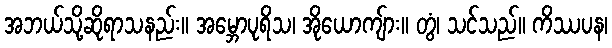
အဘယ်သို့ဆိုရာသနည်း။ အမ္ဘောပုရိသ၊ အိုယောကျ်ား။ တွံ၊ သင်သည်။ ကိဿပန၊